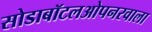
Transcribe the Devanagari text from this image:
सोडाबॉटलओपनरवाला